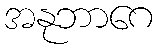
အနုဘာဂေ